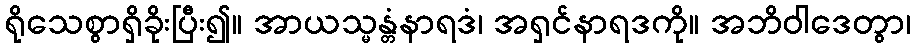
ရိုသေစွာရှိခိုးပြီး၍။ အာယသ္မန္တံနာရဒံ၊ အရှင်နာရဒကို။ အဘိဝါဒေတွာ၊